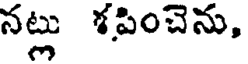
నట్లు శపించెను,